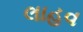
લાહવ